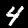
Digit: 4